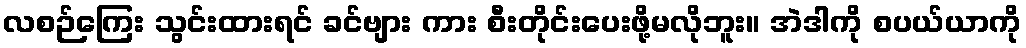
လစဉ်ကြေး သွင်းထားရင် ခင်ဗျား ကား စီးတိုင်းပေးဖို့မလိုဘူး။ အဲဒါကို စပယ်ယာကို